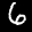
Label: 6